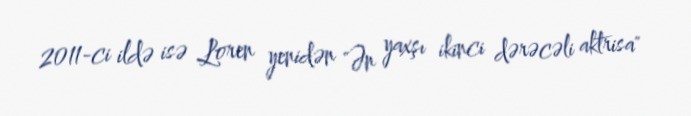
2011-ci ildə isə Loren yenidən "Ən yaxşı ikinci dərəcəli aktrisa"